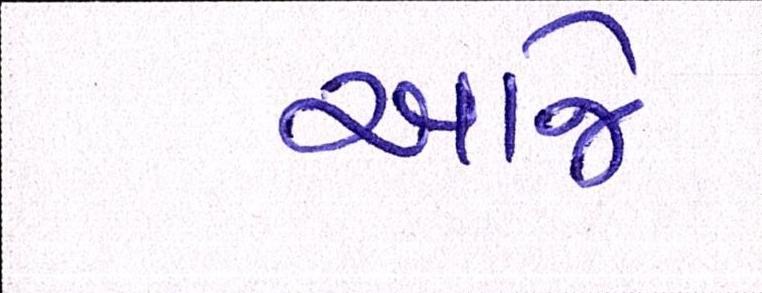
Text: ખાજે